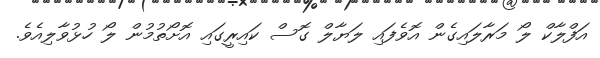
އަފްލާކް ލޯ މަރާލައިގެން އޮވެފައި ލަޔާލް ގޮސް ކައިރީގައި އޮށޯތުމުން ލޯ ހުޅުވާލިއެވެ.